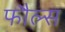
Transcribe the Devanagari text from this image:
फौल्स